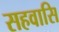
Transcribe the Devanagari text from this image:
सहवासि